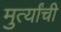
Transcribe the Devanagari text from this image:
मुर्त्यांची